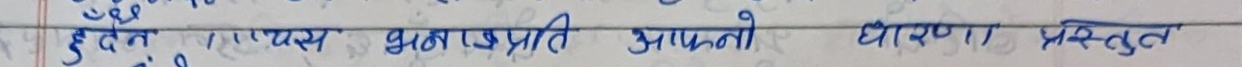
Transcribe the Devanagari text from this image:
उदेश्य, महत्व, भाडाप्राप्ति आफ्नो धारणा प्रस्तुत